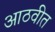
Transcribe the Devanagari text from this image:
आठवीत